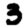
Digit: 3